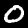
Label: 0